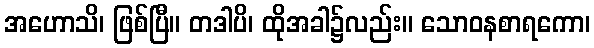
အဟောသိ၊ ဖြစ်ပြီ။ တဒါပိ၊ ထိုအခါ၌လည်း။ သောဝနစာရကော၊